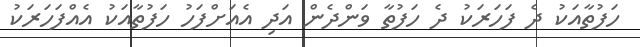
ހަފުތާއަކު ދެ ފަހަރަކު ދެ ހަފުތާ ވަންދެން އަދި އެއަށްފަހު ހަފުތާއަކު އެއްފަހަރަކު